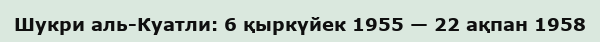
Шукри аль-Куатли: 6 қыркүйек 1955 — 22 ақпан 1958